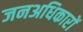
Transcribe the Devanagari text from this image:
जनअधिकारों